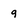
Character: 9